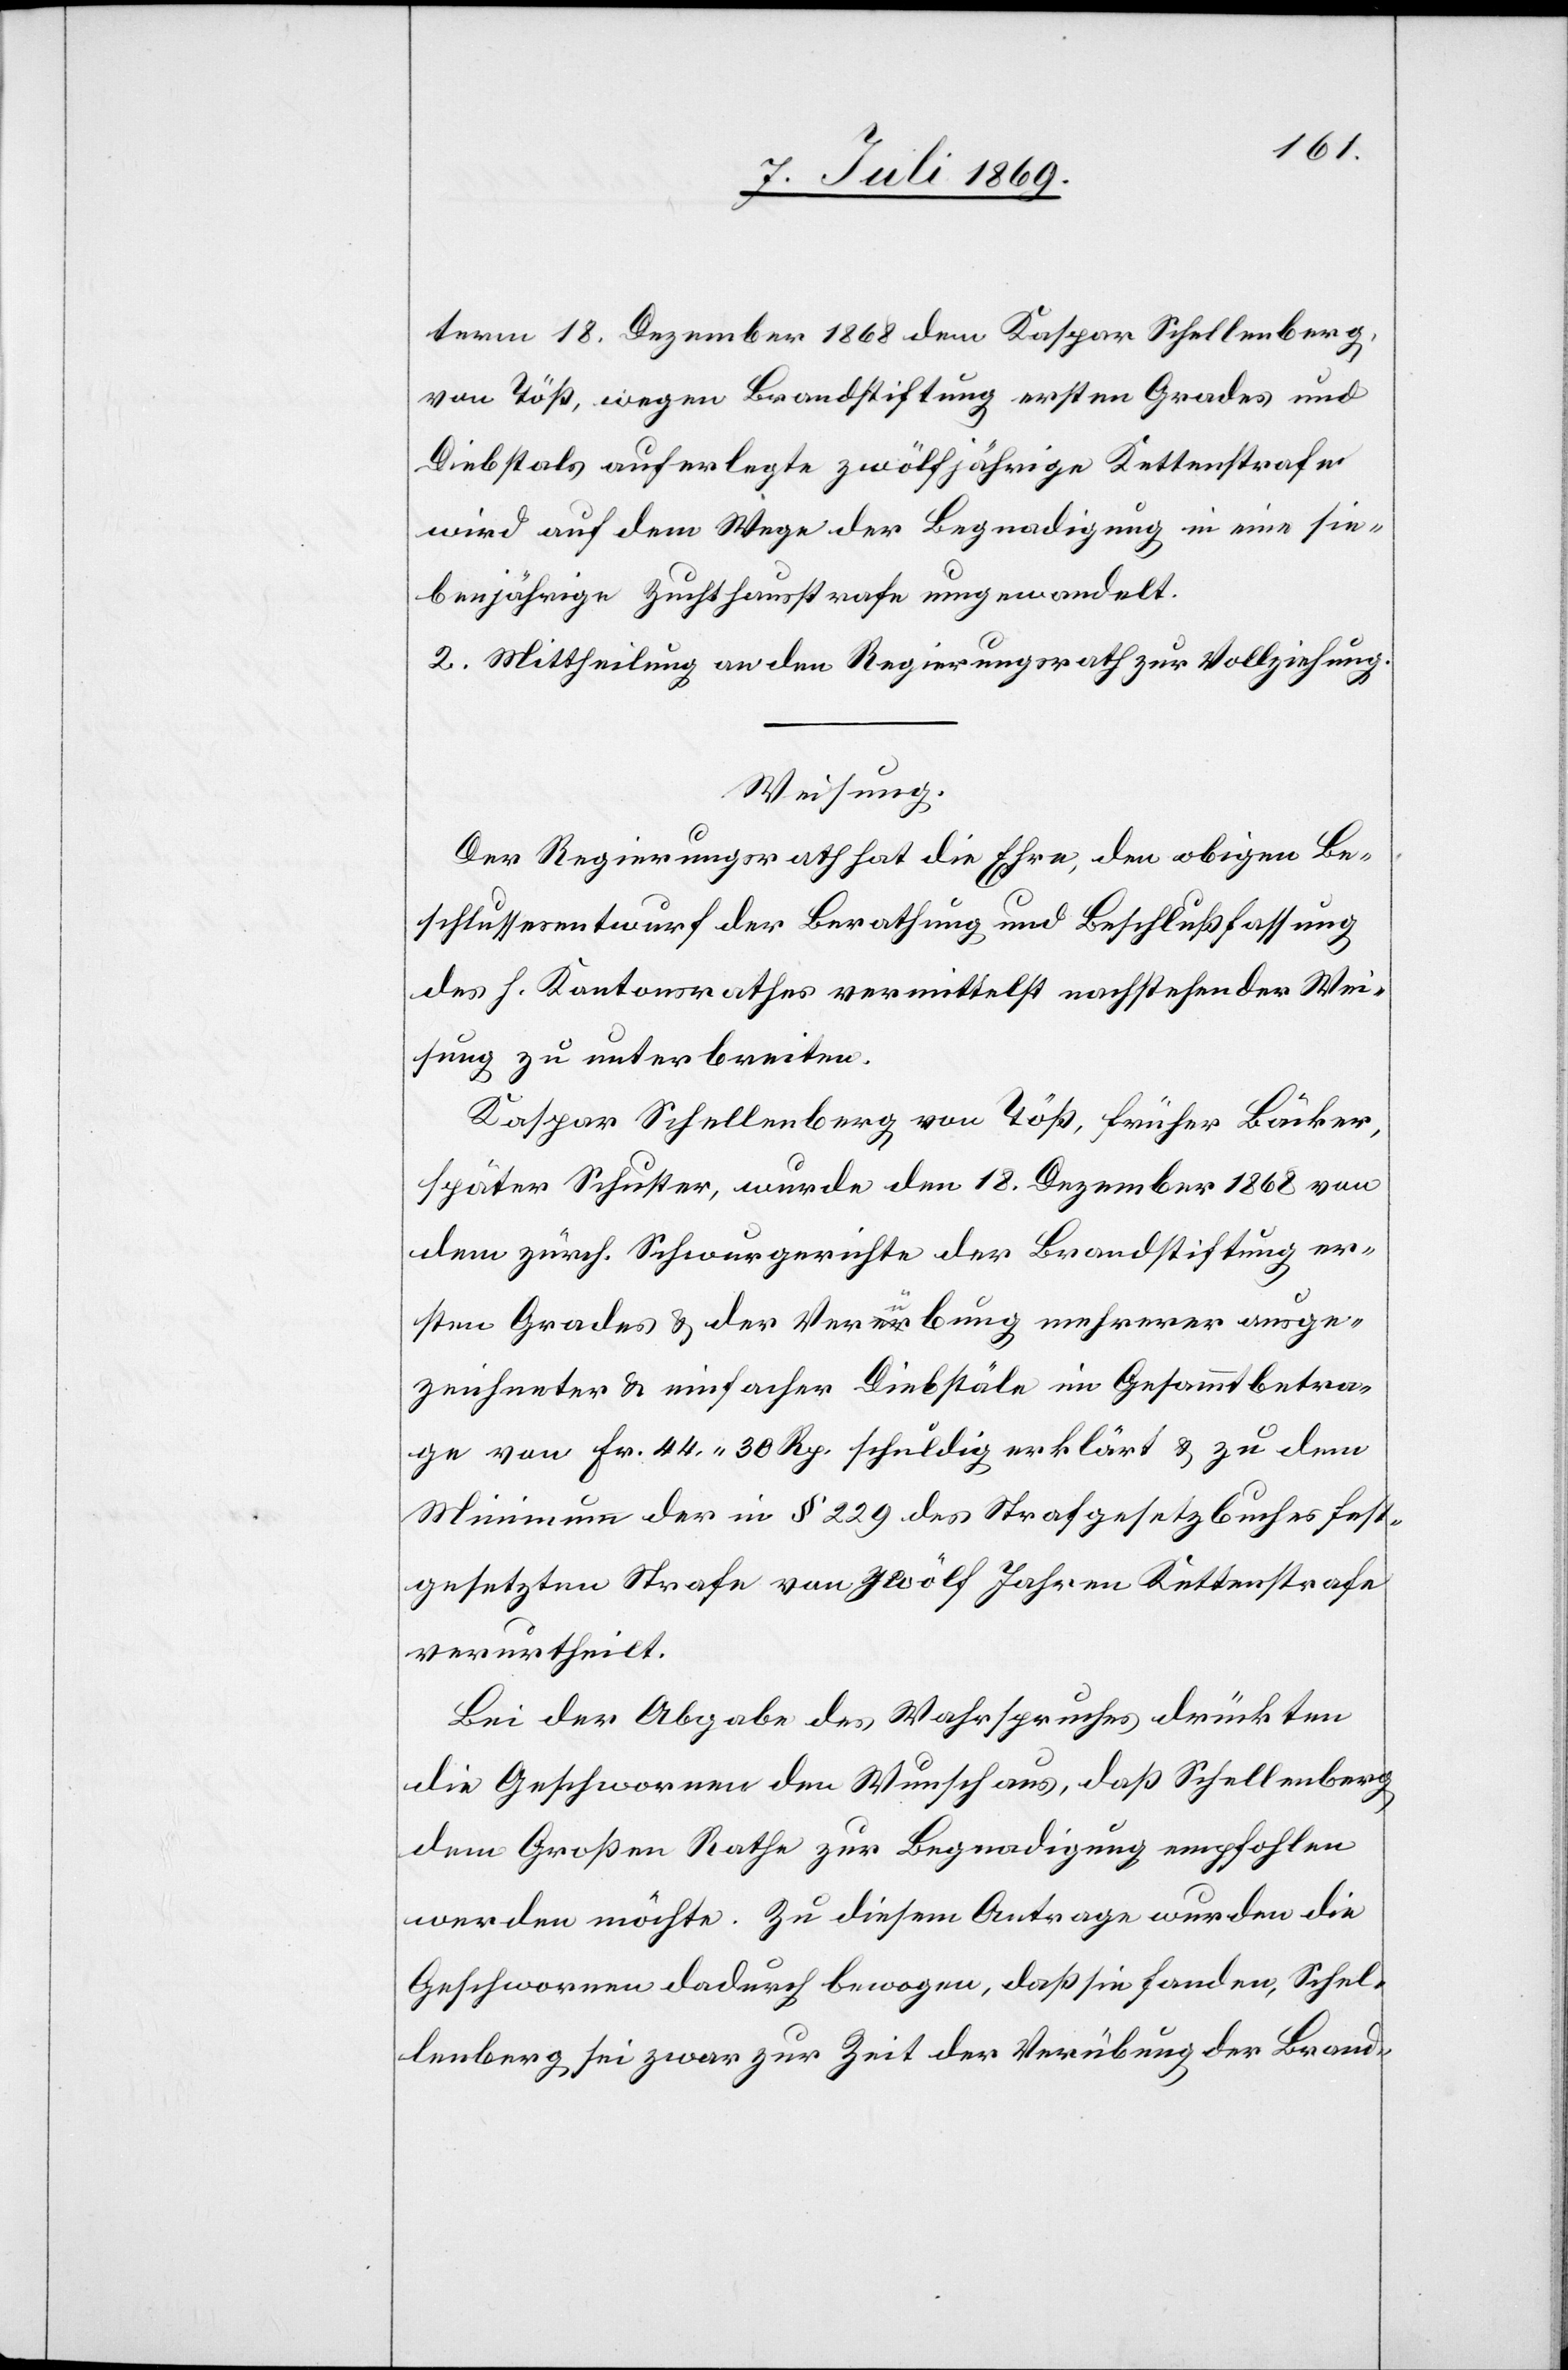
term 18 Dezember 1868 dem Kaspar Schellenberg,
von Töß, wegen Brandstiftung ersten Grades und
Diebstals auferlegte zwölfjährige Kettenstrafe
wird auf dem Wege der Begnadigung in eine sie¬
benjährige Zuchthausstrafe umgewandelt.
2. Mittheilung an den Regierungsrath zur Vollziehung.
Weisung.
Der Regierungsrath hat die Ehre, den obigen Be¬
schlussesentwurf der Berathung und Beschlußfassung
des h. Kantonsrathes vermittelst nachstehender Wei¬
sung zu unterbreiten.
Kaspar Schellenberg von Töß, früher Bäcker,
später Schuster, wurde den 18 Dezember 1868 von
dem zürch. Schwurgerichte der Brandstiftung er¬
sten Grades u. der Verübung mehrerer ausge¬
zeichneter u. einfacher Diebstäle im Gesammtbetra¬
ge von Fr. 44.30 Rp. schuldig erklärt u. zu dem
Minimum der in § 229 des Strafgesetzbuches fest¬
gesetzten Strafe von zwölf Jahren Kettenstrafe
verurtheilt.
Bei der Abgabe des Wahrspruches drückten
die Geschworenen den Wunsch aus, daß Schellenberg,
dem Großen Rathe zur Begnadigung empfohlen
werden möchte. Zu diesem Antrage wurden die
Geschworenen dadurch bewogen, daß sie fanden, Schel¬
lenberg sei zwar zur Zeit der Verübung der Brand-